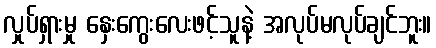
လှုပ်ရှားမှု နှေးကွေးလေးဖင့်သူနဲ့ အလုပ်မလုပ်ချင်ဘူး။